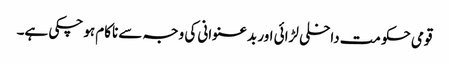
قومی حکومت داخلی لڑائی اور بدعنوانی کی وجہ سے ناکام ہو چکی ہے۔